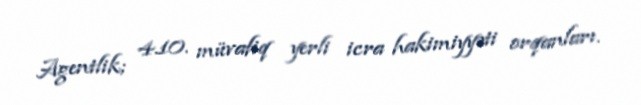
Agentlik; 4.10. müvafiq yerli icra hakimiyyəti orqanları.